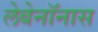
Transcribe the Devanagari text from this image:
लेबेनॉनास